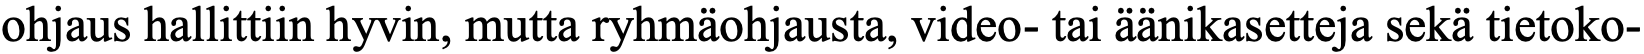
ohjaus hallittiin hyvin, mutta ryhmäohjausta, video- tai äänikasetteja sekä tietoko-